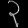
Digit: ၃